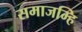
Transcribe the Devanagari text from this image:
समाजम्हि